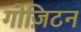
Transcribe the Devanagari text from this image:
गोज़िटन